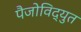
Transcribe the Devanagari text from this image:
पैजोविद्युत